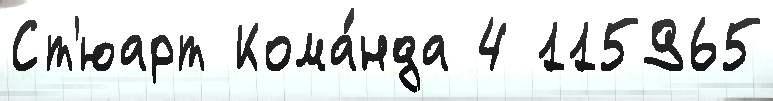
Ст'юарт Кома́нда 4 115965